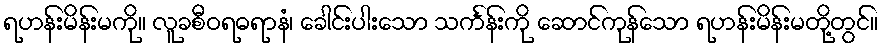
ရဟန်းမိန်းမကို။ လူခစီဝရဓရာနံ၊ ခေါင်းပါးသော သင်္ကန်းကို ဆောင်ကုန်သော ရဟန်းမိန်းမတို့တွင်။